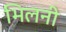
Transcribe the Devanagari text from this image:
भिलनी